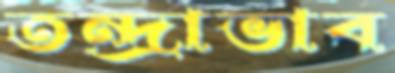
তন্দ্রাভাব